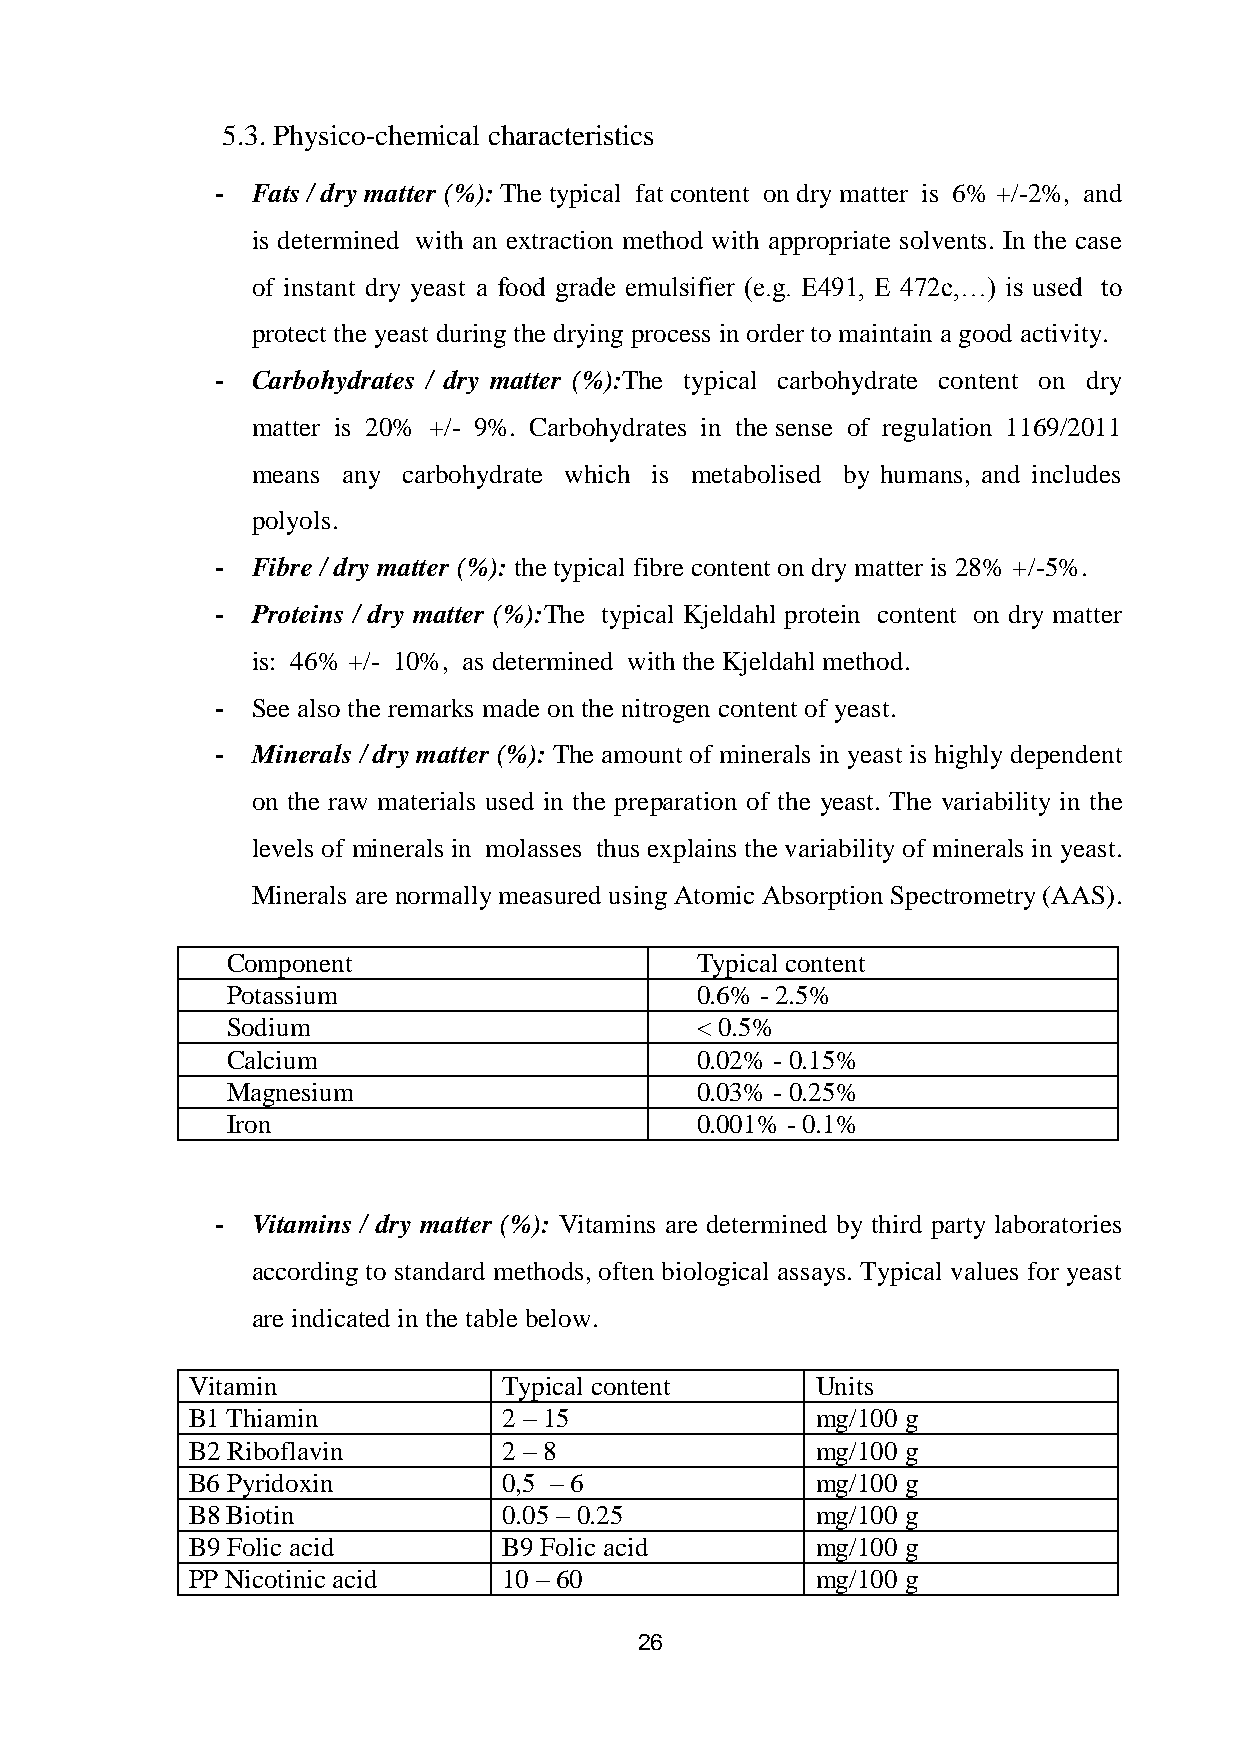
5.3. Physico-chemical characteristics
 -  Fats / dry matter (%): The typical fat content on dry matter is 6% +/-2%, and
 is determined with an extraction method with appropriate solvents. In the case
 of instant dry yeast a food grade emulsifier (e.g. E491, E 472c,…) is used to
 protect the yeast during the drying process in order to maintain a good activity.
 -  Carbohydrates / dry matter (%):The typical carbohydrate content on dry
 matter is 20% +/- 9%. Carbohydrates in the sense of regulation 1169/2011
 means any carbohydrate which is metabolised by humans, and includes
 polyols.
 -  Fibre / dry matter (%): the typical fibre content on dry matter is 28% +/-5%.
 -  Proteins / dry matter (%):The typical Kjeldahl protein content on dry matter
 is: 46% +/- 10%, as determined with the Kjeldahl method.
 -  See also the remarks made on the nitrogen content of yeast.
 -  Minerals / dry matter (%): The amount of minerals in yeast is highly dependent
 on the raw materials used in the preparation of the yeast. The variability in the
 levels of minerals in molasses thus explains the variability of minerals in yeast.
 Minerals are normally measured using Atomic Absorption Spectrometry (AAS).
 Component                      Typical content
 Potassium                      0.6% - 2.5%
 Sodium                         < 0.5%
 Calcium                        0.02% - 0.15%
 Magnesium                      0.03% - 0.25%
 Iron                           0.001% - 0.1%
 -  Vitamins / dry matter (%): Vitamins are determined by third party laboratories
 according to standard methods, often biological assays. Typical values for yeast
 are indicated in the table below.
 Vitamin             Typical content      Units
 B1 Thiamin          2 – 15               mg/100 g
 B2 Riboflavin       2 – 8                mg/100 g
 B6 Pyridoxin        0,5 – 6              mg/100 g
 B8 Biotin           0.05 – 0.25          mg/100 g
 B9 Folic acid       B9 Folic acid        mg/100 g
 PP Nicotinic acid   10 – 60              mg/100 g
 26